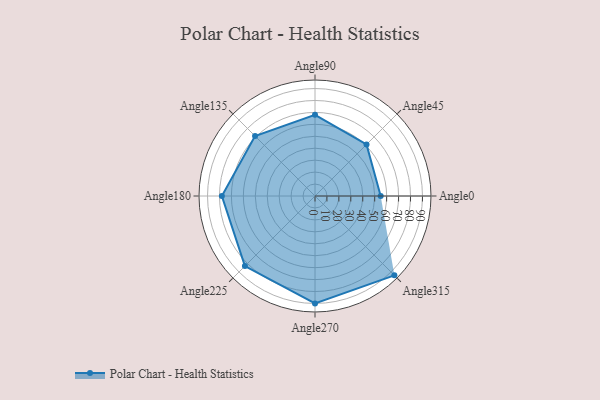
{"axis": {"x": "Angle", "y": "Radius"}, "legend": [""], "data": [{"x": "Angle0", "y": 55.0, "type": ""}, {"x": "Angle45", "y": 61.0, "type": ""}, {"x": "Angle90", "y": 68.0, "type": ""}, {"x": "Angle135", "y": 71.0, "type": ""}, {"x": "Angle180", "y": 78.0, "type": ""}, {"x": "Angle225", "y": 83.0, "type": ""}, {"x": "Angle270", "y": 90.0, "type": ""}, {"x": "Angle315", "y": 94.0, "type": ""}]}